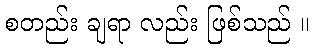
စတည်း ချရာ လည်း ဖြစ်သည် ။